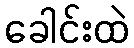
ခေါင်းထဲ